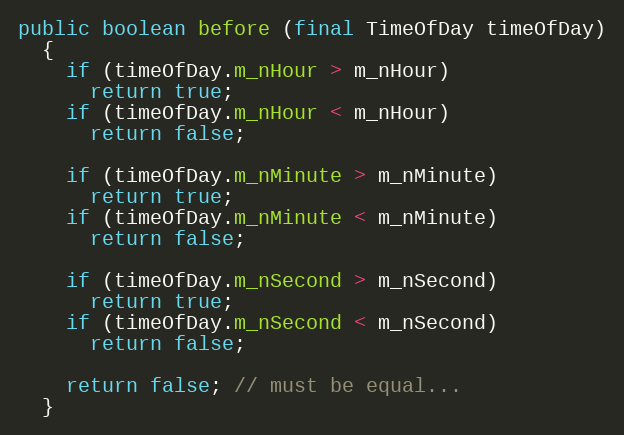
Language: Java
public boolean before (final TimeOfDay timeOfDay)
  {
    if (timeOfDay.m_nHour > m_nHour)
      return true;
    if (timeOfDay.m_nHour < m_nHour)
      return false;

    if (timeOfDay.m_nMinute > m_nMinute)
      return true;
    if (timeOfDay.m_nMinute < m_nMinute)
      return false;

    if (timeOfDay.m_nSecond > m_nSecond)
      return true;
    if (timeOfDay.m_nSecond < m_nSecond)
      return false;

    return false; // must be equal...
  }